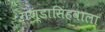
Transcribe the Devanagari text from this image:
गण्डासिंहवाला